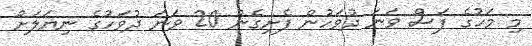
މި މަހުގެ ފަސް ވަނަ ދުވަހުން ފެށިގެން 20 ވަނަ ދުވަހުގެ ނިޔަލަށް